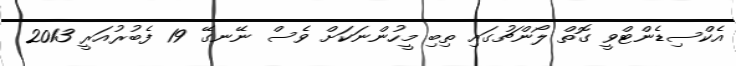
އެކްސިޑެންޓްވީ ގޮތް ލޯންޗުގައި ތިބި މީހުންނަކަށް ވެސް ނޭނގޭ 19 ފެބުރުއަރީ 2013